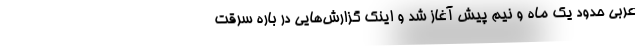
عربی حدود یک ماه و نیم پیش آغاز شد و اینک گزارش‌هایی در باره سرقت